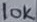
Text: 10K